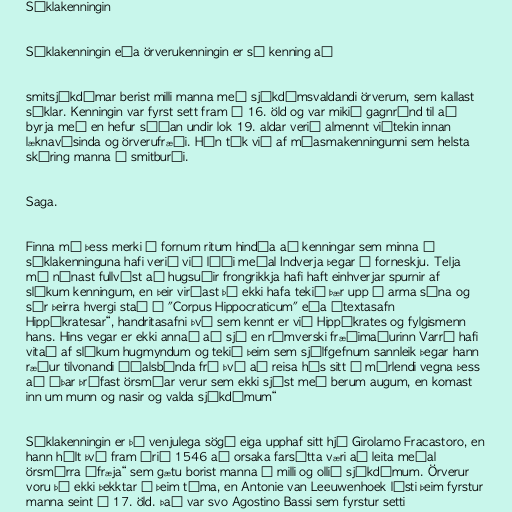
Sýklakenningin

Sýklakenningin eða örverukenningin er sú kenning að

smitsjúkdómar berist milli manna með sjúkdómsvaldandi örverum, sem kallast
sýklar. Kenningin var fyrst sett fram á 16. öld og var mikið gagnrýnd til að
byrja með en hefur síðan undir lok 19. aldar verið almennt viðtekin innan
læknavísinda og örverufræði. Hún tók við af míasmakenningunni sem helsta
skýring manna á smitburði.

Saga.

Finna má þess merki í fornum ritum hindúa að kenningar sem minna á
sýklakenninguna hafi verið við lýði meðal Indverja þegar í forneskju. Telja
má nánast fullvíst að hugsuðir frongrikkja hafi haft einhverjar spurnir af
slíkum kenningum, en þeir virðast þó ekki hafa tekið þær upp á arma sína og
sér þeirra hvergi stað í "Corpus Hippocraticum" eða „textasafn
Hippókratesar“, handritasafni því sem kennt er við Hippókrates og fylgismenn
hans. Hins vegar er ekki annað að sjá en rómverski fræðimaðurinn Varró hafi
vitað af slíkum hugmyndum og tekið þeim sem sjálfgefnum sannleik þegar hann
ræður tilvonandi óðalsbónda frá því að reisa hús sitt í mýrlendi vegna þess
að „þar þrífast örsmáar verur sem ekki sjást með berum augum, en komast
inn um munn og nasir og valda sjúkdómum“

Sýklakenningin er þó venjulega sögð eiga upphaf sitt hjá Girolamo Fracastoro, en
hann hélt því fram árið 1546 að orsaka farsótta væri að leita meðal
örsmárra „fræja“ sem gætu borist manna á milli og ollið sjúkdómum. Örverur
voru þó ekki þekktar á þeim tíma, en Antonie van Leeuwenhoek lýsti þeim fyrstur
manna seint á 17. öld. Það var svo Agostino Bassi sem fyrstur setti